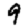
Digit: 9